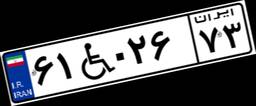
۶۱W۰۲۶۷۳